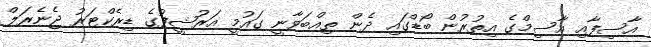
އާސިފާއި އާސިމްގެ އިތުރުން ބޯޑްގައި ދެން ތިއްބަވާނީ ގައުމީ އަރުޝީފުގެ ޑިރެކްޓަރު ޖެނެރަލް